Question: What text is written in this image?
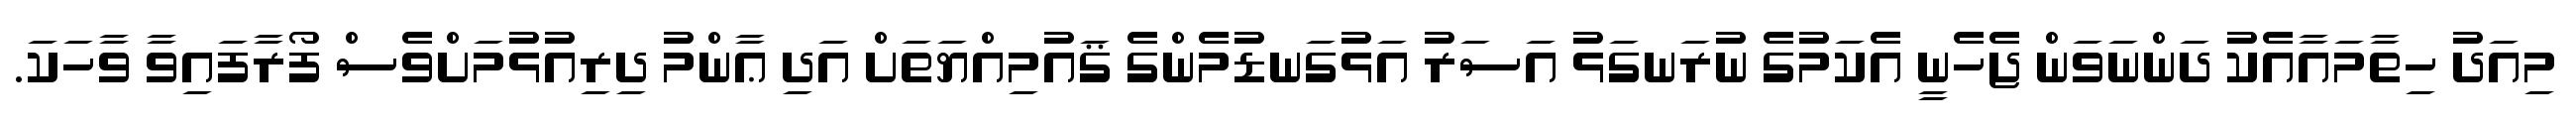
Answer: މިއަދު ހިތާމައާއެކު ދަންނަވަން ޖެހެނީ އެކަމުގެ ނުރަނގަޅު އަސަރު އަޅުގަނޑުމެންގެ ޤައުމިއްޔަތަށް އަދި ޢާންމު ދިރިއުޅުމަށްވެސް ފޯރާފައިވާ ވާހަކަ.